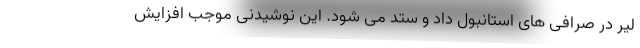
لیر در صرافی های استانبول داد و ستد می شود. این نوشیدنی موجب افزایش